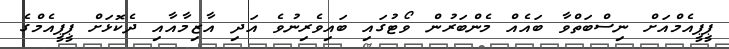
ޕީޕީއެމްއަށް ނިސްބަތްވާ ބައެއް މެންބަރުން ވޯޓުގައި ބައިވެރިނުވެ އަދި އާޒިމާއާއި ދެކޮޅަށް ޕީޕީއެމްގެ